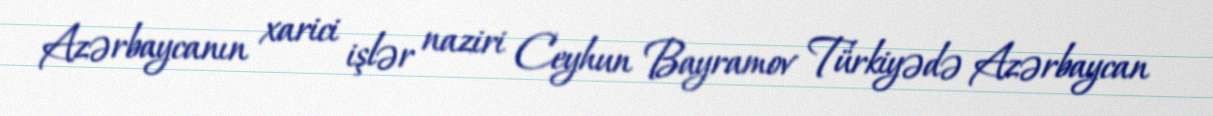
Azərbaycanın xarici işlər naziri Ceyhun Bayramov Türkiyədə Azərbaycan